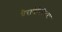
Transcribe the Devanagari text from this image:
पैरापेरिपैटस